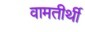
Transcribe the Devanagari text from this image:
वामतीर्थी